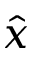
\hat { x }